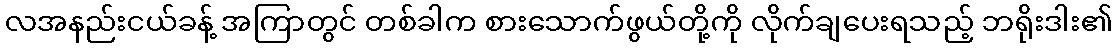
လအနည်းငယ်ခန့် အကြာတွင် တစ်ခါက စားသောက်ဖွယ်တို့ကို လိုက်ချပေးရသည့် ဘရိုးဒါး၏